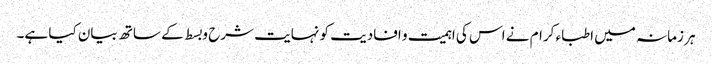
ہر زمانہ میں اطباء کرام نے اس کی اہمیت و افادیت کو نہایت شرح و بسط کے ساتھ بیان کیا ہے۔